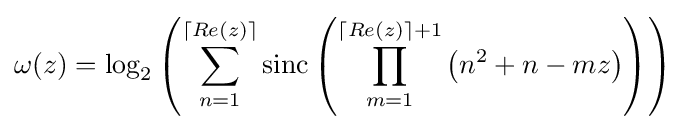
\omega (z)=\log _{2}\left(\sum _{n=1}^{\lceil Re(z)\rceil }\operatorname {sinc} \left(\prod _{m=1}^{\lceil Re(z)\rceil +1}\left(n^{2}+n-mz\right)\right)\right)